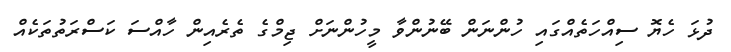
ދުޅަ ހެޔޮ ސިއްހަތެއްގައި ހުންނަން ބޭނުންވާ މީހުންނަށް ޖިމްގެ ތެރެއިން ހާއްސަ ކަސްރަތުތަކެއް